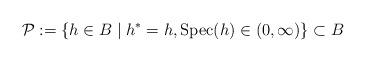
LaTeX: \begin{align*}\mathcal P:=\{h\in B\mid h^*=h, \mathrm{Spec}(h)\in(0,\infty)\}\subset B\end{align*}